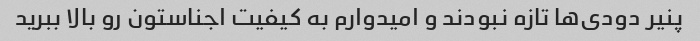
پنیر دودی‌ها تازه نبودند و امیدوارم به کیفیت اجناستون رو بالا ببرید